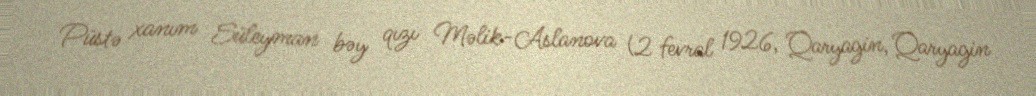
Püstə xanım Süleyman bəy qızı Məlik-Aslanova (2 fevral 1926, Qaryagin, Qaryagin